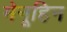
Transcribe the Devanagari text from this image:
मेनूहिन